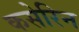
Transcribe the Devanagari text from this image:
कसेरिन